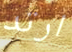
ارتد